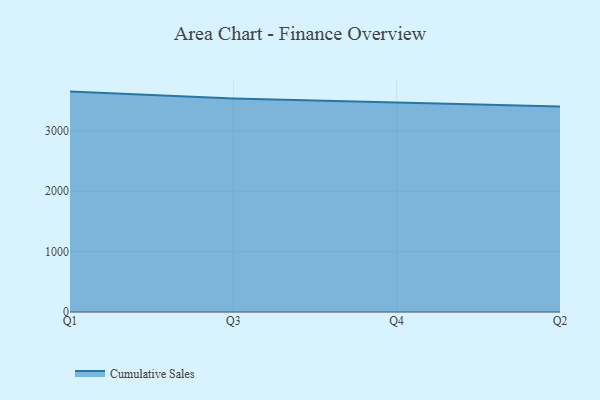
{"axis": {"x": "Quarter", "y": "Satisfaction Score"}, "legend": ["Cumulative Sales"], "data": [{"x": "Q1", "y": 3648.5, "type": "Cumulative Sales"}, {"x": "Q3", "y": 3533.6, "type": "Cumulative Sales"}, {"x": "Q4", "y": 3469.3, "type": "Cumulative Sales"}, {"x": "Q2", "y": 3400.2, "type": "Cumulative Sales"}]}